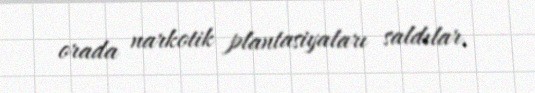
orada narkotik plantasiyaları saldılar.